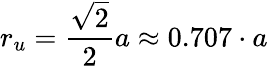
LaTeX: r_{u}={\frac{\sqrt{2}}{2}}a\approx 0.707\cdot a